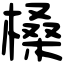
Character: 槡